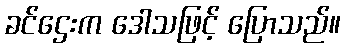
ခင်ဌေးက ဒေါသဖြင့် ပြောသည်။